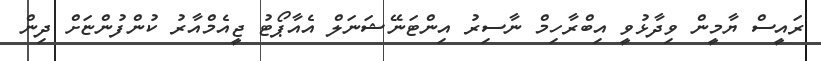
ރައީސް ޔާމީން ވިދާޅުވީ އިބްރާހިމް ނާސިރު އިންޓަނޭޝަނަލް އެއާޕޯޓު ޖީއެމްއާރު ކުންފުންޏަށް ދިން